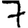
Digit: 7